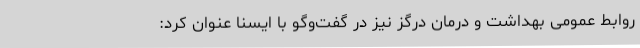
روابط عمومی بهداشت و درمان درگز نیز در گفت‌وگو با ایسنا عنوان کرد: